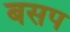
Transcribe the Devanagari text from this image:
बसप